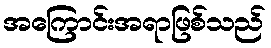
အကြောင်းအရာဖြစ်သည်